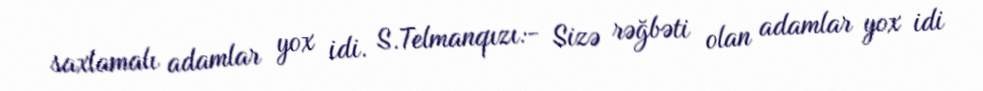
saxlamalı adamlar yox idi. S.Telmanqızı:- Sizə rəğbəti olan adamlar yox idi